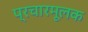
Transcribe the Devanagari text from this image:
प्रचारमूलक